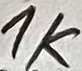
Text: 1K